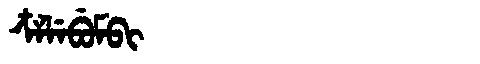
Manchu: ᠴᠶᠯᡝᠪᡠᠮᠪᡳ
Romanization: CYLEBUMBI